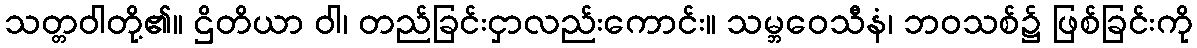
သတ္တဝါတို့၏။ ဌိတိယာ ဝါ၊ တည်ခြင်းငှာလည်းကောင်း။ သမ္ဘဝေသီနံ၊ ဘဝသစ်၌ ဖြစ်ခြင်းကို